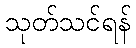
သုတ်သင်ရန်